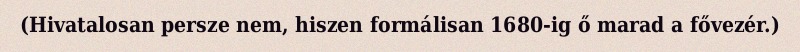
(Hivatalosan persze nem, hiszen formálisan 1680-ig ő marad a fővezér.)